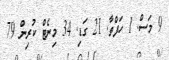
9 މަސް